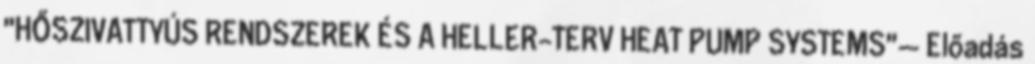
"HŐSZIVATTYÚS RENDSZEREK ÉS A HELLER-TERV HEAT PUMP SYSTEMS"— Előadás